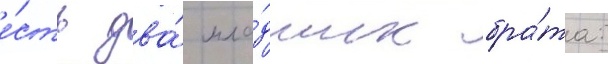
е́сть два́ мла́дших бра́та: